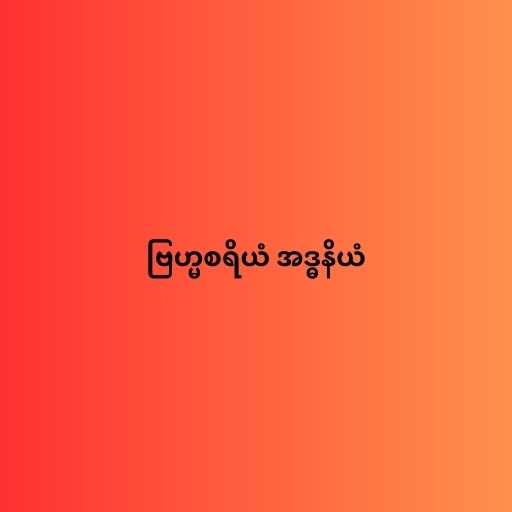
ဗြဟ္မစရိယံ အဒ္ဓနိယံ